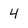
Character: 4